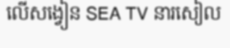
លើសង្វៀន SEA TV នារសៀល